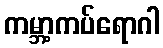
ကမ္ဘာ့ကပ်ရောဂါ